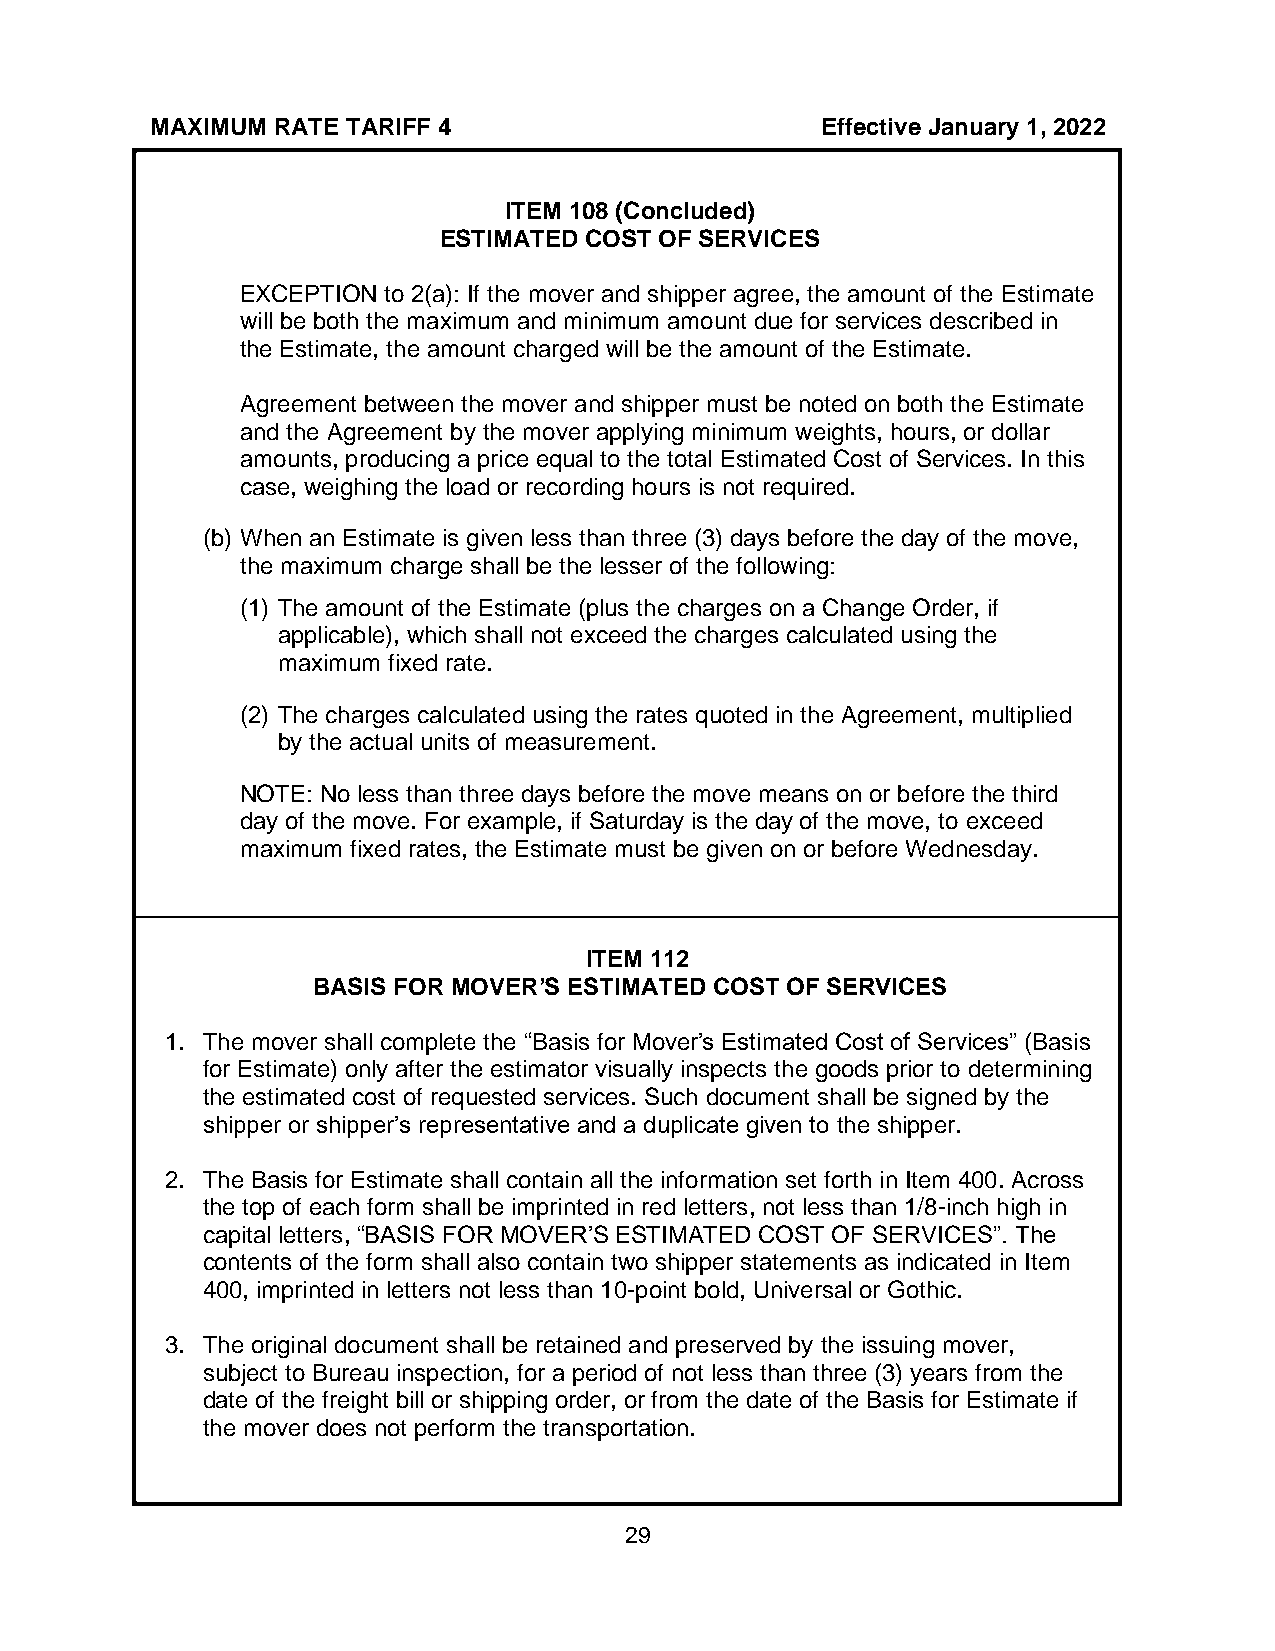
MAXIMUM RATE TARIFF 4                       Effective January 1, 2022
 ITEM 108 (Concluded)
 ESTIMATED COST OF SERVICES
 EXCEPTION to 2(a): If the mover and shipper agree, the amount of the Estimate
 will be both the maximum and minimum amount due for services described in
 the Estimate, the amount charged will be the amount of the Estimate.
 Agreement between the mover and shipper must be noted on both the Estimate
 and the Agreement by the mover applying minimum weights, hours, or dollar
 amounts, producing a price equal to the total Estimated Cost of Services. In this
 case, weighing the load or recording hours is not required.
 (b) When an Estimate is given less than three (3) days before the day of the move,
 the maximum charge shall be the lesser of the following:
 (1) The amount of the Estimate (plus the charges on a Change Order, if
 applicable), which shall not exceed the charges calculated using the
 maximum fixed rate.
 (2) The charges calculated using the rates quoted in the Agreement, multiplied
 by the actual units of measurement.
 NOTE: No less than three days before the move means on or before the third
 day of the move. For example, if Saturday is the day of the move, to exceed
 maximum fixed rates, the Estimate must be given on or before Wednesday.
 ITEM 112
 BASIS FOR MOVER’S ESTIMATED COST OF SERVICES
 1. The mover shall complete the “Basis for Mover’s Estimated Cost of Services” (Basis
 for Estimate) only after the estimator visually inspects the goods prior to determining
 the estimated cost of requested services. Such document shall be signed by the
 shipper or shipper’s representative and a duplicate given to the shipper.
 2. The Basis for Estimate shall contain all the information set forth in Item 400. Across
 the top of each form shall be imprinted in red letters, not less than 1/8-inch high in
 capital letters, “BASIS FOR MOVER’S ESTIMATED COST OF SERVICES”. The
 contents of the form shall also contain two shipper statements as indicated in Item
 400, imprinted in letters not less than 10-point bold, Universal or Gothic.
 3. The original document shall be retained and preserved by the issuing mover,
 subject to Bureau inspection, for a period of not less than three (3) years from the
 date of the freight bill or shipping order, or from the date of the Basis for Estimate if
 the mover does not perform the transportation.
 29